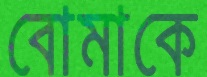
বোমাকে